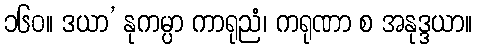
၁၆၀။ ဒယာ’ နုကမ္ပာ ကာရုညံ၊ ကရုဏာ စ အနုဒ္ဒယာ။